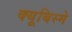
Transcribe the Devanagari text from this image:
क्यूबिस्मे